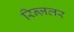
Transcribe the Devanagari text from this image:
रिन्ज़लर